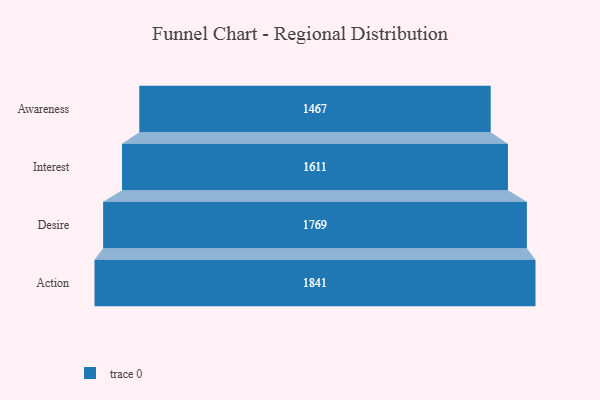
{"axis": {"x": "Stage", "y": "Value"}, "legend": [""], "data": [{"x": "Awareness", "y": 1467.0, "type": ""}, {"x": "Interest", "y": 1611.0, "type": ""}, {"x": "Desire", "y": 1769.0, "type": ""}, {"x": "Action", "y": 1841.0, "type": ""}]}